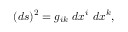
( d s ) ^ { 2 } = g _ { i k } \ d x ^ { i } \ d x ^ { k } ,